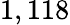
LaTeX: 1,118